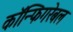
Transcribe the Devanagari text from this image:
कॉन्फिगरेबल